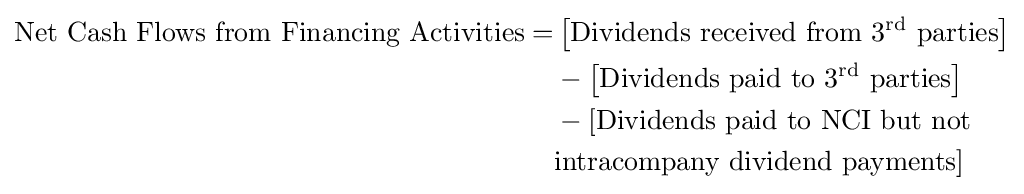
{\begin{alignedat}{2}{\text{Net Cash Flows from Financing Activities}}=&\left[{\text{Dividends received from }}3^{\rm {rd}}{\text{ parties}}\right]\\&-\left[{\text{Dividends paid to }}3^{\rm {rd}}{\text{ parties}}\right]\\&-[{\text{Dividends paid to NCI but not}}\\&{\text{intracompany dividend payments}}]\end{alignedat}}